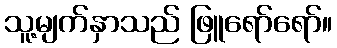
သူ့မျက်နှာသည် ဖြူရော်ရော်။